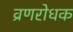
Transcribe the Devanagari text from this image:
व्रणरोधक